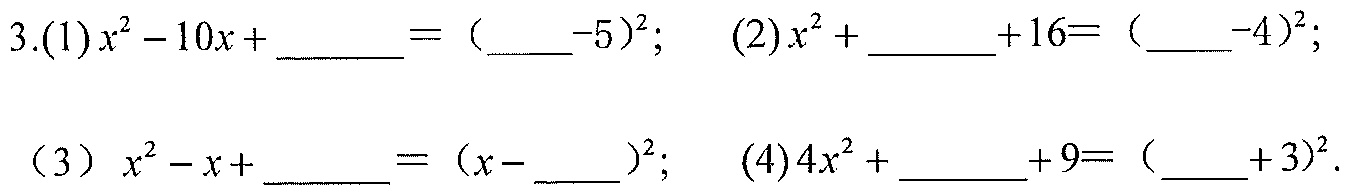
3.(1)\(x^{2}-10x+\underline{\quad\quad}= (\underline{\quad}-5)^{2}\);  (2)\(x^{2}+\underline{\quad\quad}+16= (\underline{\quad}-4)^{2}\);
（3）\(x^{2}-x+\underline{\quad\quad}= (x - \underline{\quad})^{2}\);  (4)\(4x^{2}+\underline{\quad\quad}+9= (\underline{\quad}+3)^{2}\).